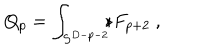
LaTeX: Q _ { p } = \int _ { S ^ { D - p - 2 } } \! \! \! \star F _ { p + 2 } \ ,